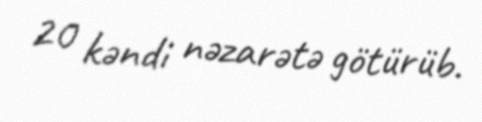
20 kəndi nəzarətə götürüb.